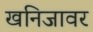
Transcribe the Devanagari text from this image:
खनिजावर